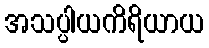
အသပ္ပါယကိရိယာယ